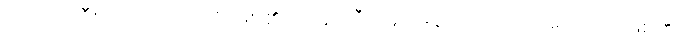
အမျက်ကြီးသည်။ ဟောတိ၊ ဖြစ်၏။ ဥပနာဟီ၊ ရန်ညိုးဖွဲတတ်သည်။ ဟောတိ၊ ဖြစ်၏။